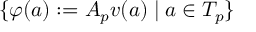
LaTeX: \{ \varphi ( a ) : = A _ { p } v ( a ) \; | \; a \in T _ { p } \}